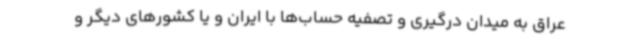
عراق به میدان درگیری و تصفیه حساب‌ها با ایران و یا کشورهای دیگر و